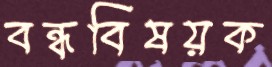
বন্ধবিষয়ক